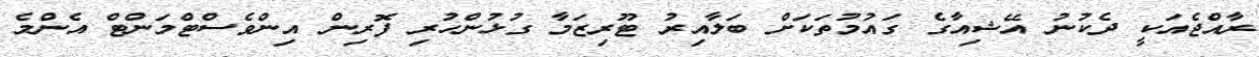
ރާއްޖެއަކީ ދެކުނު އޭޝިއާގެ ގައުމުތަކަށް ބަލާއިރު ޓޫރިޒަމާ ގުޅުންހުރި ފޮރިން އިންވެސްޓްމަންޓް އެންމެ